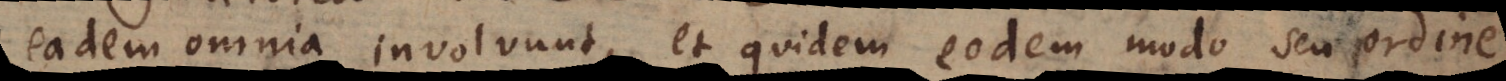
eadem omnia involvunt, et quidem eodem modo seu ordine.